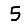
Digit: 5